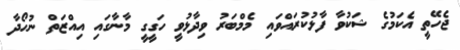
ޖެހޭތީ އެކަމުގެ ޝަކުވާ ފާޅުކުރައްވައި މެމްބަރު ވިދާޅުވީ ހަގީގީ މާނާގައި އިއްޒަތް ނުހޯދާ